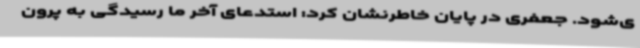
ی‌شود. جعفری در پایان خاطرنشان کرد: استدعای آخر ما رسیدگی به پرون